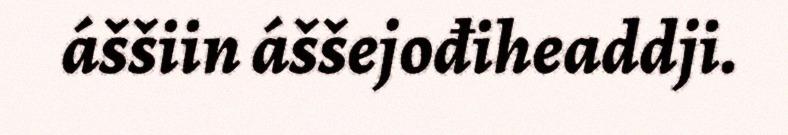
áššiin áššejođiheaddji.